Annual vaccination report of Bihar and Orissa - 1911-1928
Year: 1911
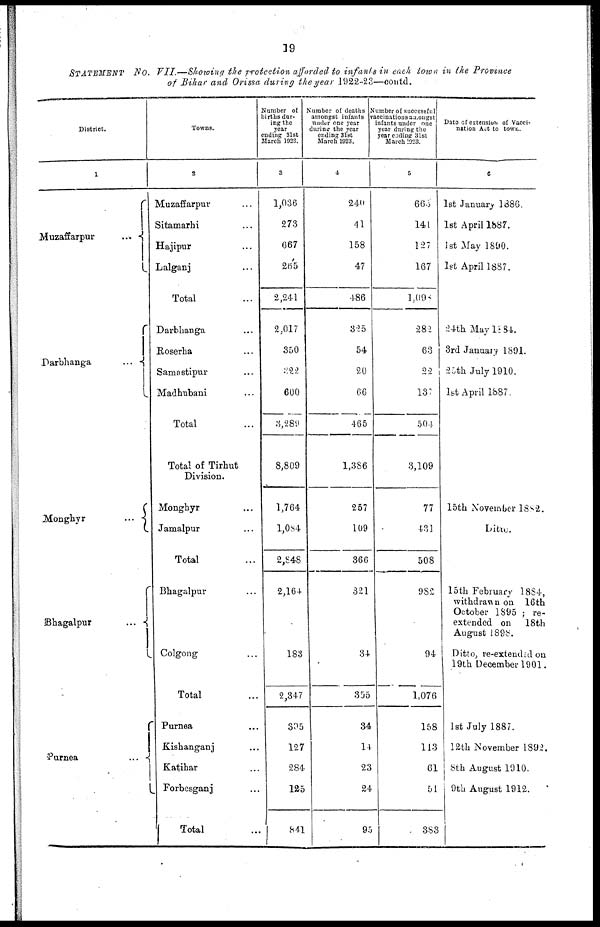
19
STATEMENT No. VII.—Showing the protection afforded to infants in each town in the Province
of Bihar and Orissa during the year 1922-23—contd.
District.
1
Muzaffarpur
...
Darbhanga
...
Monghyr
...
Bhagalpur
...
Purnea
...
Towns.
2
Muzaffarpur ...
Sitamarhi ...
Hajipur ...
Lalganj ...
Total ...
Darbhanga ...
Roserha ...
Samastipur ...
Madhubani ...
Total ...
Total of Tirhut
Division.
Monghyr ...
Jamalpur ...
Total ...
Bhagalpur ...
Colgong ...
Total ...
Purnea ...
Kishanganj ...
Katihar ...
Forbesganj ...
Total ...
Number of
births dur-
ing the
year
ending 31st
March 1923.
3
1,036
273
667
265
2,241
2,017
350
322
600
3,289
8,809
1,764
1,084
2,848
2,164
183
2,347
305
127
284
125
841
Number of deaths
amongst infants
under one year
during the year
ending 31st
March 1923.
4
240
41
158
47
486
325
54
20
66
465
1,386
257
109
366
321
34
355
34
14
23
24
95
Number of successful
vaccinations amongst
infants under one
year during the
year ending 31st
March 1923.
5
665
141
127
167
1,096
282
63
22
137
504
3,109
77
431
508
982
94
1,076
158
113
61
51
383
Date of extension of Vacci-
nation Act to town.
6
1st January 1886.
1st April 1887.
1st May 1890.
1st April 1887.
24th May 1884.
3rd January 1891.
25th July 1910.
1st April 1887.
15th November 1882.
Ditto.
15th February 1884,
withdrawn on 16th
October 1895 ; re-
extended on
18th
August 1898.
Ditto, re-extended on
19th December 1901.
1st July 1887.
12th November 1892.
8th August 1910.
9th August 1912.